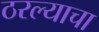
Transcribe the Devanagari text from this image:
ठरल्याचा